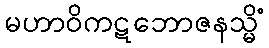
မဟာဝိကဋဘောဇနသ္မိံ